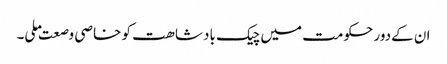
ان کےدور حکومت میں چیک بادشاھت کو خاصی وصعت ملی۔